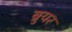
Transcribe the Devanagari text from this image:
ब्रुयर